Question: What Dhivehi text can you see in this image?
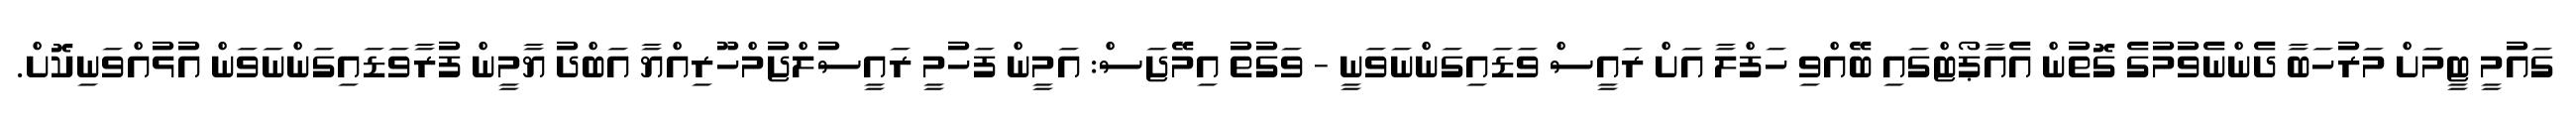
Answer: ގައުމީ ޓީމަށް މަރުހަބާ ދެންނެވުމުގެ ގޮތުން އެއާޕޯޓްގައި ބޭއްވި ހަފްލާ އަށް ރައީސް ވަޑައިގަންނަވަނީ - ވަގުތު އިމޭޖަސް: އަމީން ފަހުމީ ރައީސުލްޖުމްހޫރިއްޔާ އަބްދު ޔާމީން ފުރާވަޑައިގަންނަވަން އުޅުއްވަނިކޮށް.